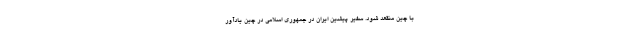
با چین منقعد شود. سفیر پیشین ایران در جمهوری اسلامی در چین یادآور